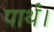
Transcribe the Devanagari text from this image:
पार्थ।